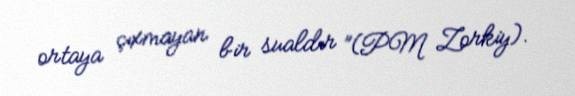
ortaya çıxmayan bir sualdır ”(PM Zorkiy).